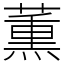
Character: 薫